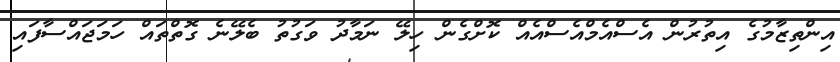
އިންތިޒާމުގެ އިތުރުން އެސްއެމްއެސްއެއް ކޮށްގެން ހިލޭ ނަމާދު ވަގުތު ބެލޭނެ ގޮތްތައް ހަމަޖައްސާފައި